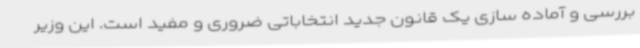
بررسی و آماده سازی یک قانون جدید انتخاباتی ضروری و مفید است. این وزیر